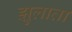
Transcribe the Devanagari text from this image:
झुलाता